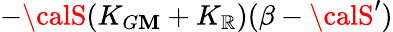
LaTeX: -{\calS}(K_{G\mathbf{M}}+K_{\mathbb{R}})(\beta-{\calS}^{\prime})